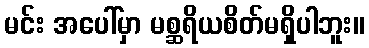
မင်း အပေါ်မှာ မစ္ဆရိယစိတ်မရှိပါဘူး။